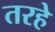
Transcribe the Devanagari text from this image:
तरहे